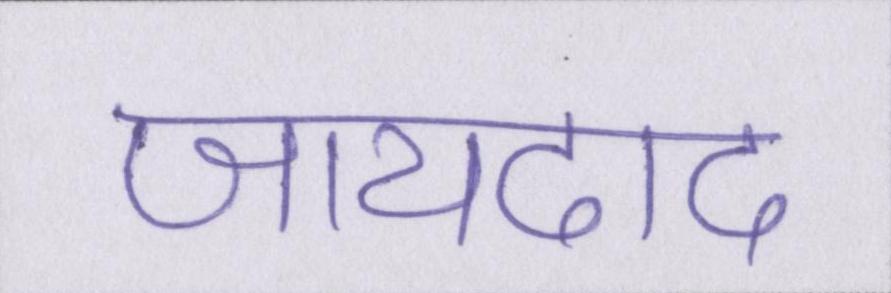
जायदाद